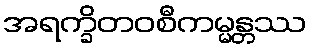
အရက္ခိတဝစီကမ္မန္တဿ